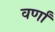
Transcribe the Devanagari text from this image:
वर्णां